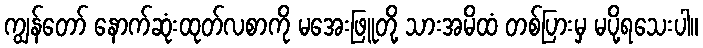
ကျွန်တော် နောက်ဆုံးထုတ်လစာကို မအေးဖြူတို့ သားအမိထံ တစ်ပြားမှ မပို့ရသေးပါ။